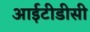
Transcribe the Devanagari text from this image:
आईटीडीसी